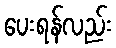
ပေးရန်လည်း